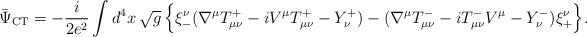
LaTeX: \begin{align*}\bar{\Psi}_{\rm CT} = - \frac{i}{2 e^2} \int d^4x\,\sqrt{g}\, \Bigr\{\xi^\nu_- ( \nabla^\mu T_{\mu\nu}^+ - i V^\mu T_{\mu\nu}^+ - Y_\nu^+ ) -( \nabla^\mu T_{\mu\nu}^- - i T_{\mu\nu}^- V^\mu - Y_\nu^- ) \xi^\nu_+ \Bigr\}.\end{align*}